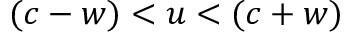
( c - w ) < u < ( c + w )